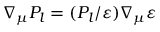
\nabla _ { \mu } P _ { l } = ( P _ { l } / \varepsilon ) \nabla _ { \mu } \varepsilon